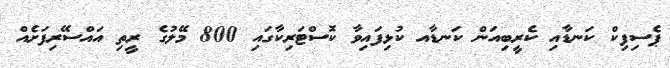
ޕެސިފިކް ކަނޑާއި ކެރީބިއަން ކަނޑާއ ކުޅިފައިވާ ކޮސްޓަރިކާގައި 800 މޭލުގެ ރީތި އައްސޭރިފަށެއް